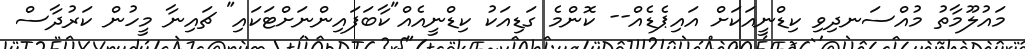
މައުލޫމާތު މުއްސަނދިވި ކިޑްނީއަކަށް އައިޕެޑެއް-- ކޮންމެ ގަޑިއަކު ކިޑްނީއެއް"ކާބަފައިންނަށްޓަކައި" ޗައިނާ މީހުން ކަރުދާސް